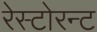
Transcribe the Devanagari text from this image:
रेस्टोरन्ट